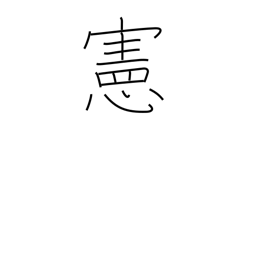
Meaning: law